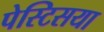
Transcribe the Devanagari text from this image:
पेस्टिसया